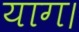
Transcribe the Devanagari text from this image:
याग।